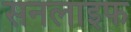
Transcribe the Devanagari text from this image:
सनलाइफ